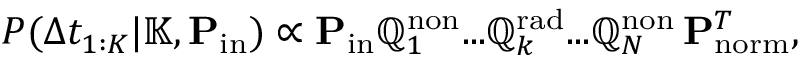
P ( \Delta t _ { 1 : K } | \mathbb { K } , \mathbf { P } _ { \mathrm { i n } } ) \propto \mathbf { P } _ { \mathrm { i n } } \mathbb { Q } _ { 1 } ^ { \mathrm { n o n } } . . . \mathbb { Q } _ { k } ^ { \mathrm { r a d } } . . . { \mathbb { Q } } _ { N } ^ { \mathrm { n o n } } \, \mathbf { P } _ { \mathrm { n o r m } } ^ { T } ,